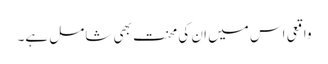
واقعی اس میں ان کی محنت بھی شامل ہے۔